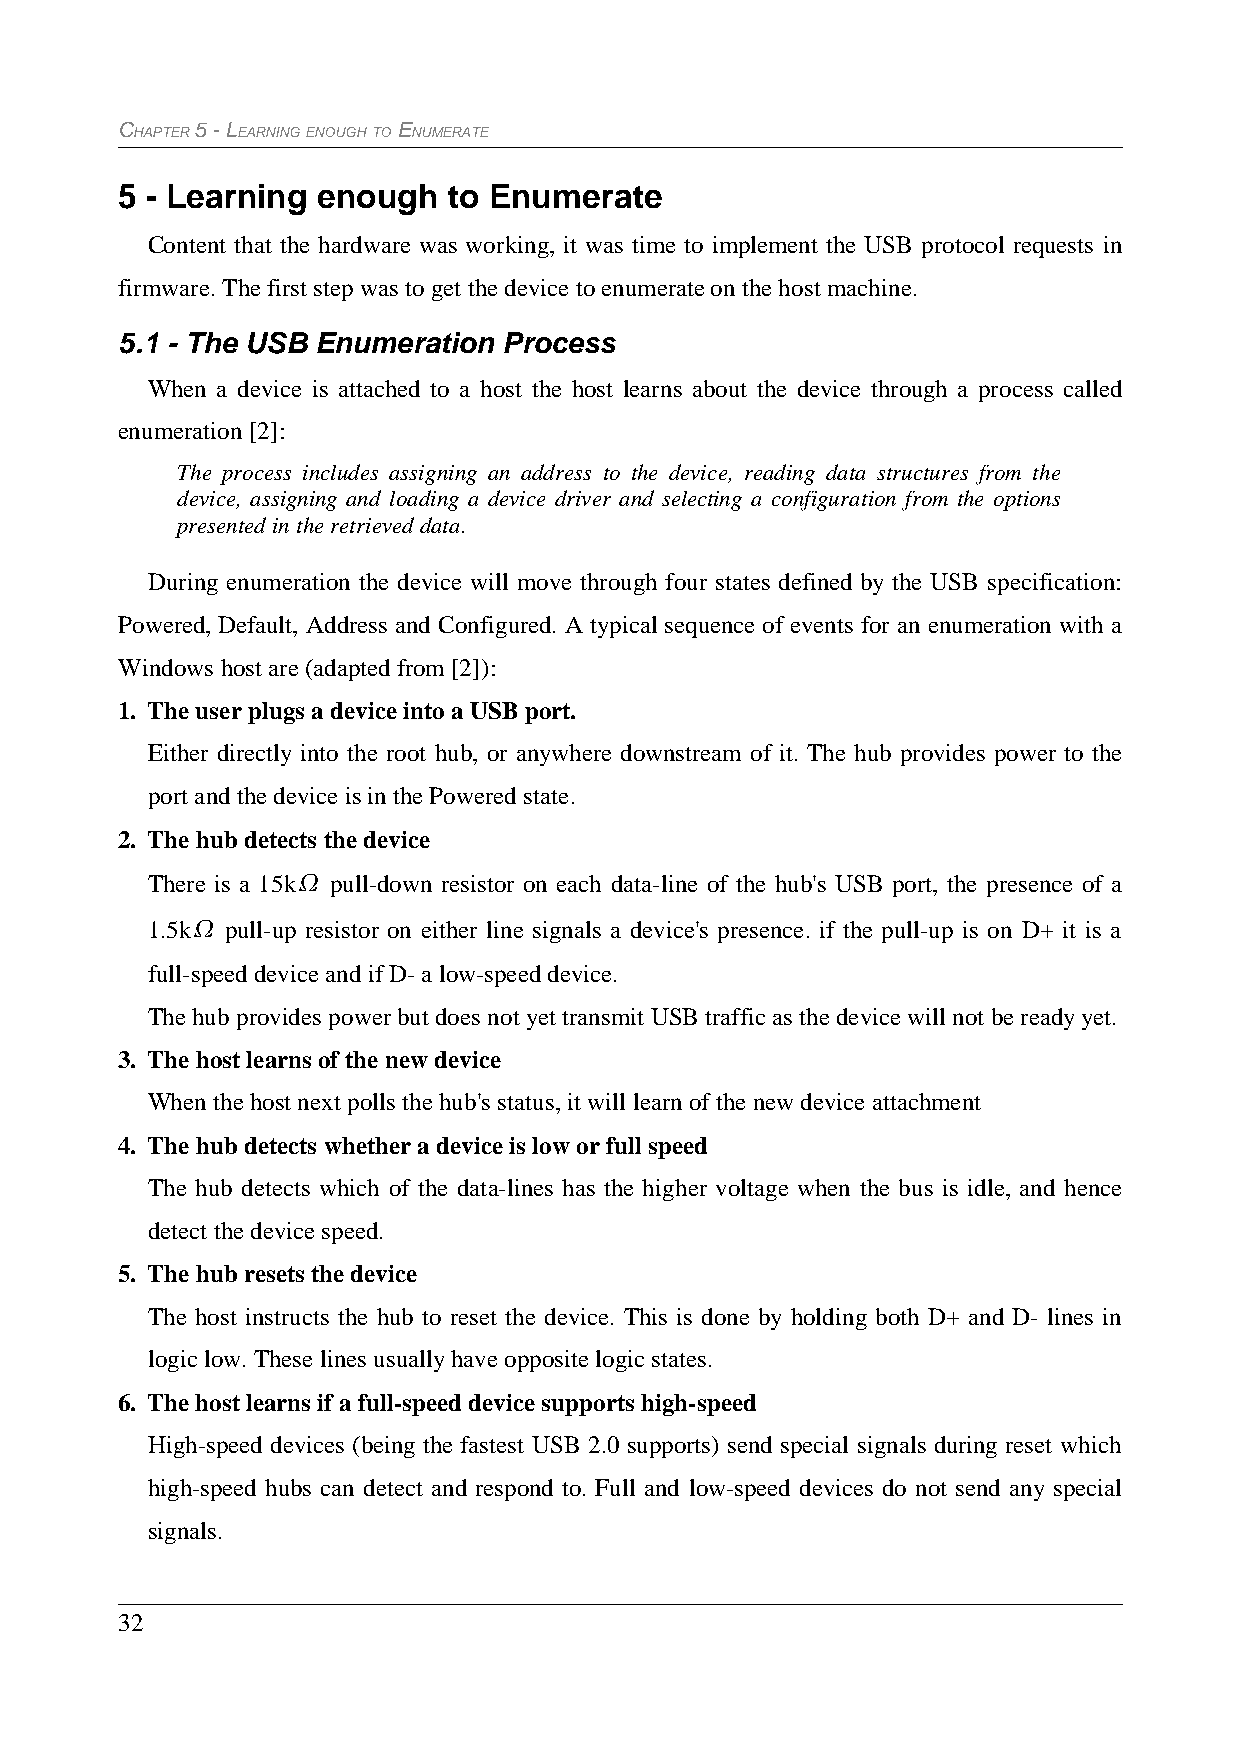
CHAPTER 5 - LEARNING ENOUGH TO ENUMERATE
 5 - Learning enough   to Enumerate
 Content that the hardware was working, it was time to implement the USB protocol requests in
 firmware. The first step was to get the device to enumerate on the host machine.
 5.1 - The USB Enumeration Process
 When a device is attached to a host the host learns about the device through a process called
 enumeration [2]:
 The process includes assigning an address to the device, reading data structures from the
 device, assigning and loading a device driver and selecting a configuration from the options
 presented in the retrieved data.
 During enumeration the device will move through four states defined by the USB specification:
 Powered, Default, Address and Configured. A typical sequence of events for an enumeration with a
 Windows host are (adapted from [2]):
 1. The user plugs a device into a USB port.
 Either directly into the root hub, or anywhere downstream of it. The hub provides power to the
 port and the device is in the Powered state.
 2. The hub detects the device
 There is a 15k pull-down resistor on each data-line of the hub's USB port, the presence of a
 1.5k pull-up resistor on either line signals a device's presence. if the pull-up is on D+ it is a
 full-speed device and if D- a low-speed device.
 The hub provides power but does not yet transmit USB traffic as the device will not be ready yet.
 3. The host learns of the new device
 When the host next polls the hub's status, it will learn of the new device attachment
 4. The hub detects whether a device is low or full speed
 The hub detects which of the data-lines has the higher voltage when the bus is idle, and hence
 detect the device speed.
 5. The hub resets the device
 The host instructs the hub to reset the device. This is done by holding both D+ and D- lines in
 logic low. These lines usually have opposite logic states.
 6. The host learns if a full-speed device supports high-speed
 High-speed devices (being the fastest USB 2.0 supports) send special signals during reset which
 high-speed hubs can detect and respond to. Full and low-speed devices do not send any special
 signals.
 32